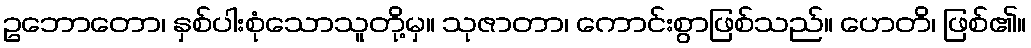
ဥဘောတော၊ နှစ်ပါးစုံသောသူတို့မှ။ သုဇာတာ၊ ကောင်းစွာဖြစ်သည်။ ဟေတိ၊ ဖြစ်၏။